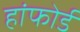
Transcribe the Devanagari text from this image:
हांफोर्ड